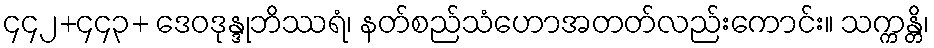
၄၄၂+၄၄၃+ ဒေဝဒုန္ဒုဘိဿရံ၊ နတ်စည်သံဟောအတတ်လည်းကောင်း။ သက္ကန္တိ၊